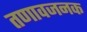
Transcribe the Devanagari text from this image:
तणावजनक